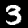
Digit: 3